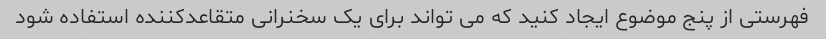
فهرستی از پنج موضوع ایجاد کنید که می تواند برای یک سخنرانی متقاعدکننده استفاده شود